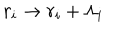
LaTeX: r _ { i } \rightarrow r _ { i } + \Lambda _ { i }